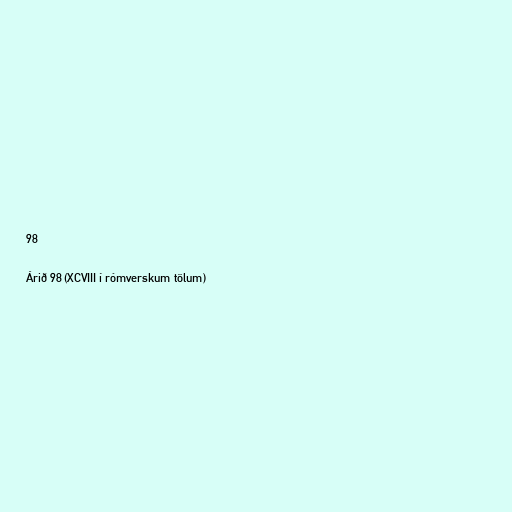
98

Árið 98 (XCVIII í rómverskum tölum)